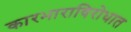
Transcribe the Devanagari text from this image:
कारभाराविरोधात